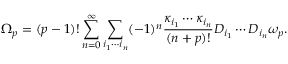
\Omega _ { p } = ( p - 1 ) ! \sum _ { n = 0 } ^ { \infty } \sum _ { i _ { 1 } \cdots i _ { n } } ( - 1 ) ^ { n } { \frac { \kappa _ { i _ { 1 } } \cdots \kappa _ { i _ { n } } } { ( n + p ) ! } } D _ { i _ { 1 } } \cdots D _ { i _ { n } } \omega _ { p } .